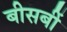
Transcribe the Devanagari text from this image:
बीसबीं